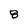
Character: 8